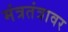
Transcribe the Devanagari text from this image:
मंत्रतंत्रावर